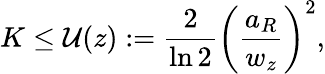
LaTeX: K\leq\mathcal{U}(z):=\frac{2}{\ln 2}\left(\frac{a_{R}}{w_{z}}\right)^{2},